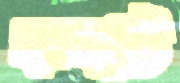
কবাট